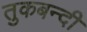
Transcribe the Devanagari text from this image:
तुकबन्दी